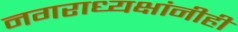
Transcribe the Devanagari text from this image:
नगराध्यक्षांनीही